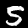
Label: 5